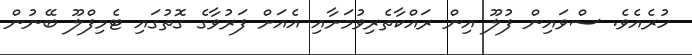
ހުރެއެވެ. ސްވައިން ފުލޫ އިން ރައްކާތެރިވުމަށާއި އެއަށް ފަރުވާގެ ގޮތުގައި ޓެމިފްލޫ ބޭނުން